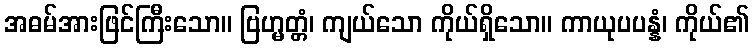
အဓမ်အားဖြင်ကြီးသော။ ဗြဟ္မတ္တံ၊ ကျယ်သော ကိုယ်ရှိသော။ ကာယုပပန္နံ၊ ကိုယ်၏